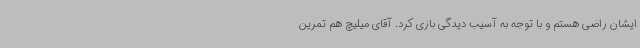
ایشان راضی هستم و با توجه به آسیب دیدگی بازی کرد. آقای میلیچ هم تمرین